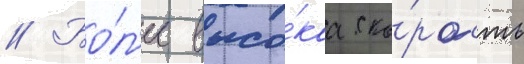
// Бо́л'ее высо́каа ско́рость